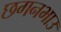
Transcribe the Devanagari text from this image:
छगनभाउ